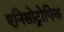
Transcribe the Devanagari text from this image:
एनिसोट्रोपिक